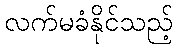
လက်မခံနိုင်သည့်